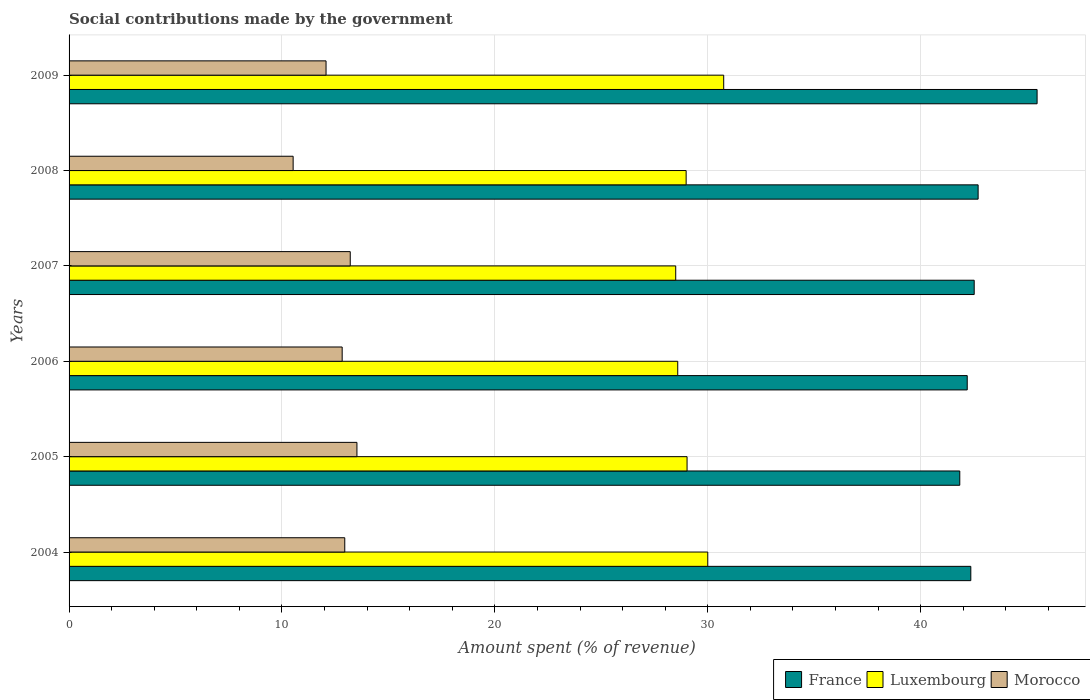
| Years | France | Luxembourg | Morocco |
 | --- | --- | --- | --- |
 | 2004 | 42.4 | 30 | 12.9 |
 | 2005 | 41.8 | 29 | 13.5 |
 | 2006 | 42.2 | 28.6 | 12.8 |
 | 2007 | 42.5 | 28.5 | 13.2 |
 | 2008 | 42.7 | 29 | 10.5 |
 | 2009 | 45.5 | 30.7 | 12.1 |